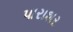
પારાશર